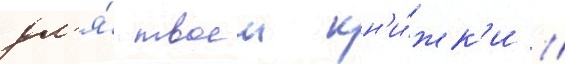
дл'я́ твоеи кн'и́жк'и //